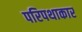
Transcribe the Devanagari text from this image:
परिपथाकार